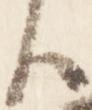
臣